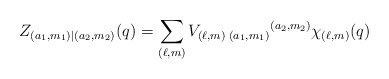
\begin{align*}Z_{(a_1,m_1)|(a_2,m_2)}(q)=\sum_{(\ell,m)}V_{(\ell,m)\; (a_1,m_1)}{}^{(a_2,m_2)} \chi_{(\ell,m)}(q)\end{align*}